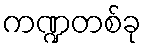
ကဏ္ဍတစ်ခု